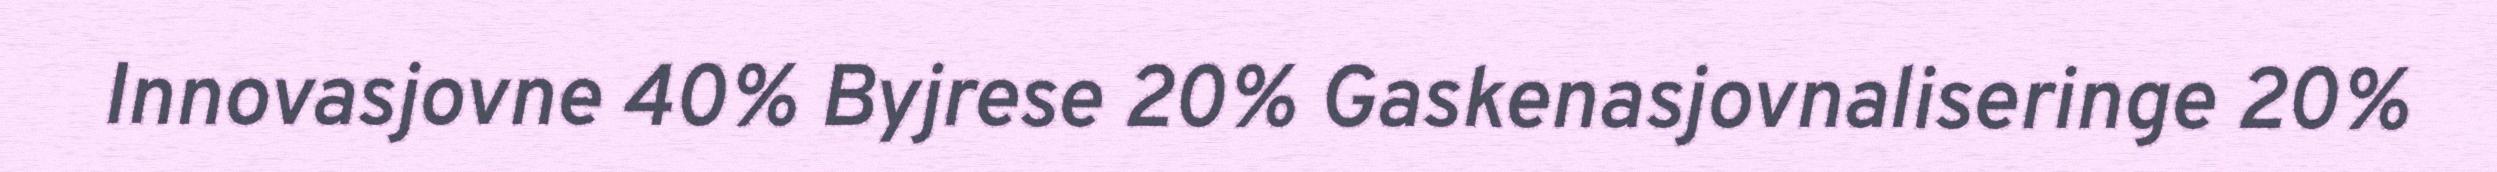
Innovasjovne 40% Byjrese 20% Gaskenasjovnaliseringe 20%